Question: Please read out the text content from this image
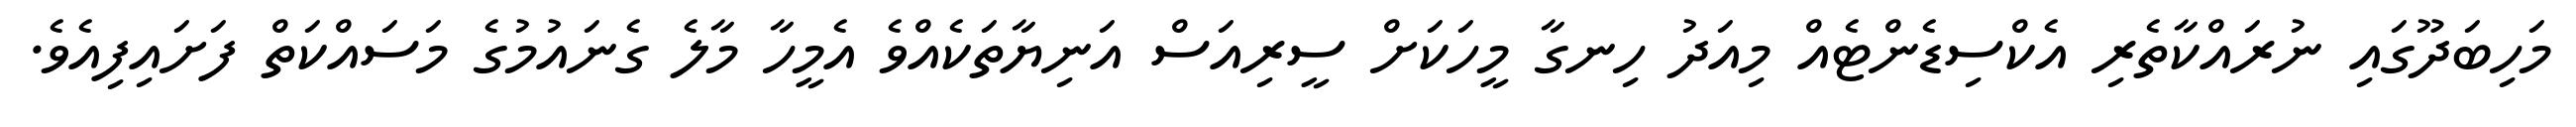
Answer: މަހިބަދޫގައި ނުރައްކާތެރި އެކްސިޑެންޓެއް މިއަދު ހިނގާ މީހަކަށް ސީރިއަސް އަނިޔާތަކެއްވެ އެމީހާ މާލެ ގެނައުމުގެ މަސައްކަތް ފަށައިފިއެވެ.